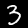
Digit: 3